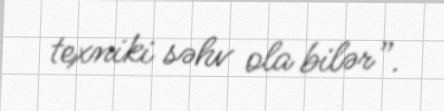
texniki səhv ola bilər”.